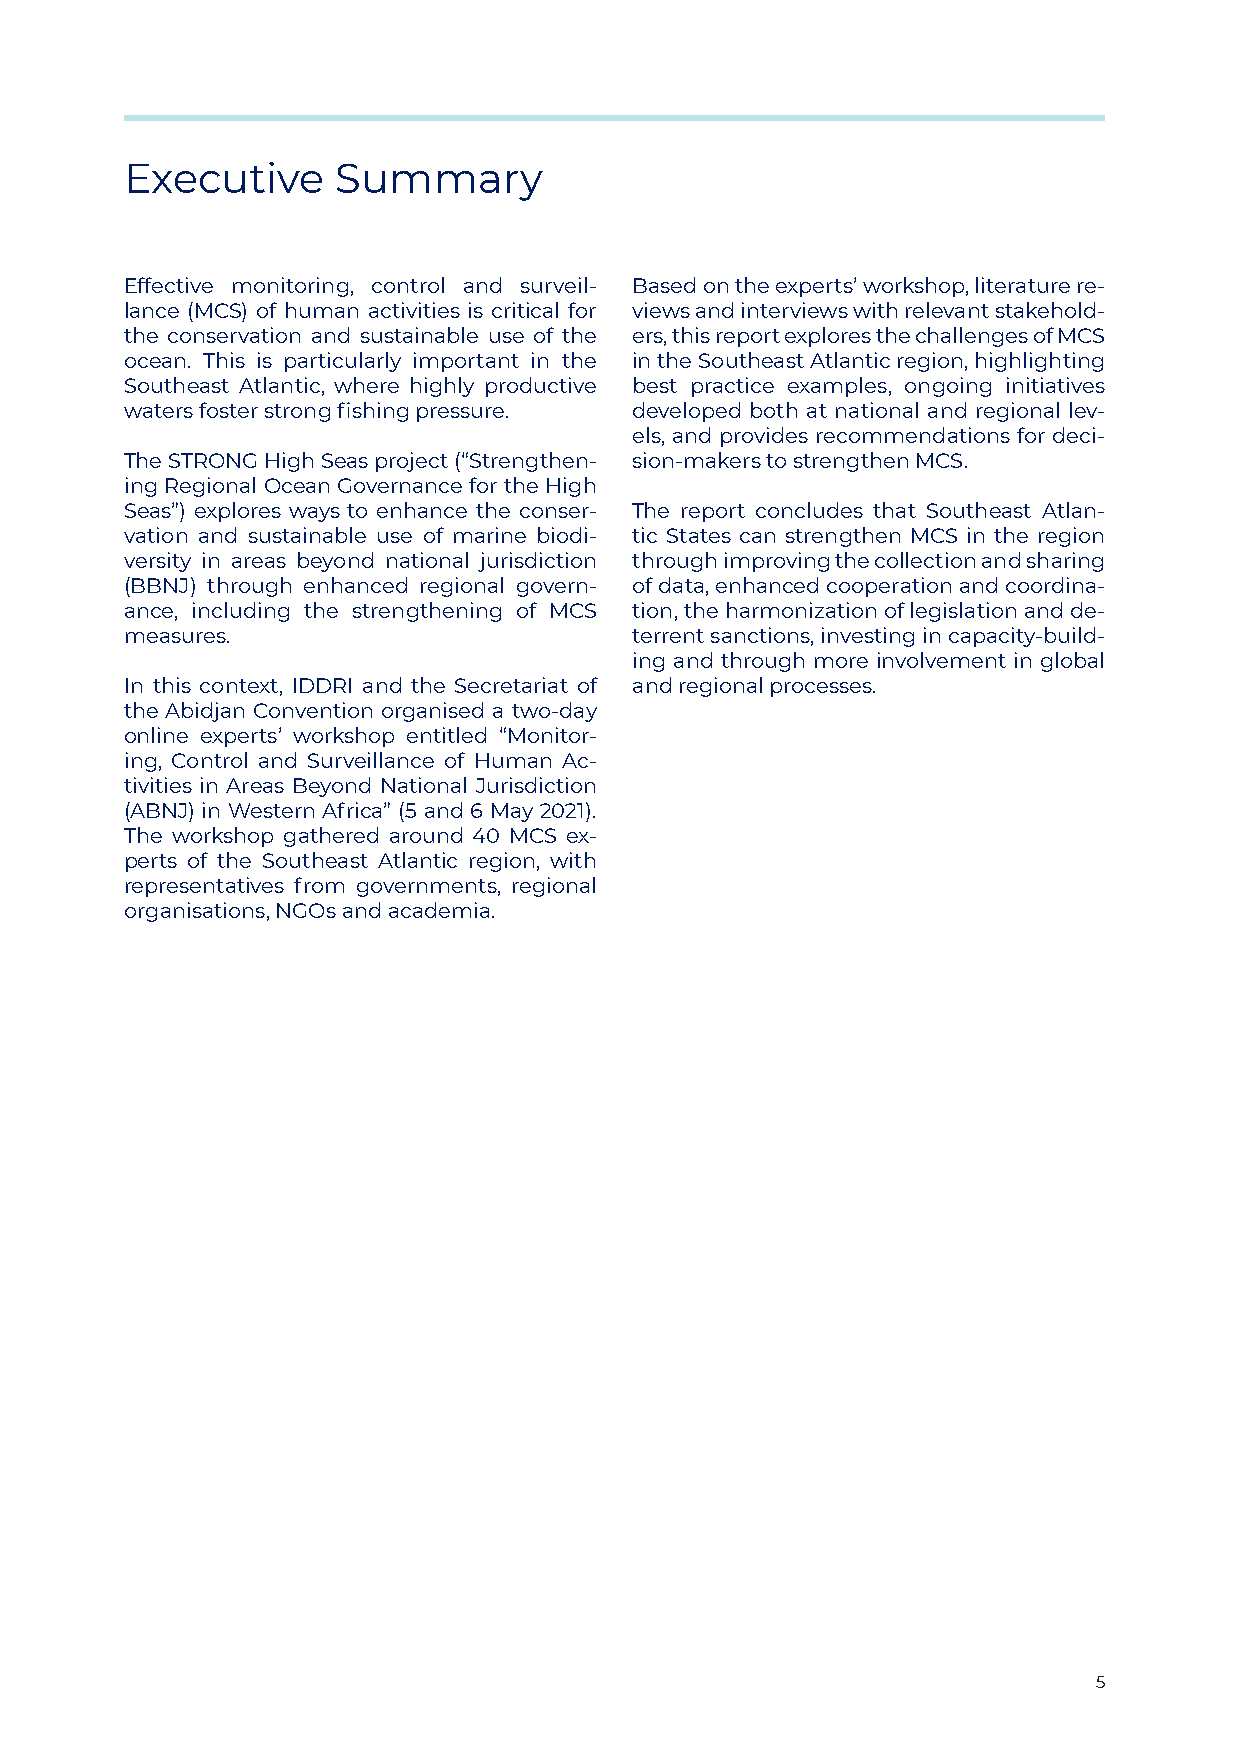
Executive     Summary
 Effective monitoring, control and surveil- Based on the experts’ workshop, literature re-
 lance (MCS) of human activities is critical for views and interviews with relevant stakehold-
 the conservation and sustainable use of the ers, this report explores the challenges of MCS
 ocean. This is particularly important in the in the Southeast Atlantic region, highlighting
 Southeast Atlantic, where highly productive best practice examples, ongoing initiatives
 waters foster strong fishing pressure. developed both at national and regional lev-
 els, and provides recommendations for deci-
 The STRONG High Seas project (“Strengthen- sion-makers to strengthen MCS.
 ing Regional Ocean Governance for the High
 Seas”) explores ways to enhance the conser- The report concludes that Southeast Atlan-
 vation and sustainable use of marine biodi- tic States can strengthen MCS in the region
 versity in areas beyond national jurisdiction through improving the collection and sharing
 (BBNJ) through enhanced regional govern- of data, enhanced cooperation and coordina-
 ance, including the strengthening of MCS tion, the harmonization of legislation and de-
 measures.                         terrent sanctions, investing in capacity-build-
 ing and through more involvement in global
 In this context, IDDRI and the Secretariat of and regional processes.
 the Abidjan Convention organised a two-day
 online experts’ workshop entitled “Monitor-
 ing, Control and Surveillance of Human Ac-
 tivities in Areas Beyond National Jurisdiction
 (ABNJ) in Western Africa” (5 and 6 May 2021).
 The workshop gathered around 40 MCS ex-
 perts of the Southeast Atlantic region, with
 representatives from governments, regional
 organisations, NGOs and academia.
 5